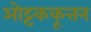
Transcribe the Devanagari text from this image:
ओट्टककूत्तन